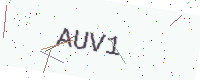
Text: AUV1